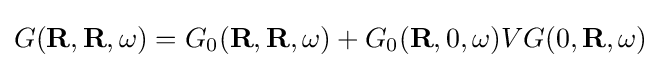
G(\mathbf {R} ,\mathbf {R} ,\omega )=G_{0}(\mathbf {R} ,\mathbf {R} ,\omega )+G_{0}(\mathbf {R} ,0,\omega )VG(0,\mathbf {R} ,\omega )